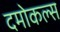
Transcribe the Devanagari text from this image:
दमोकल्स